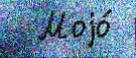
  Моjо́